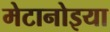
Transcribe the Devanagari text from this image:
मेटानोइया